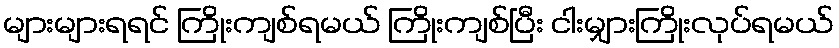
များများရရင် ကြိုးကျစ်ရမယ် ကြိုးကျစ်ပြီး ငါးမျှားကြိုးလုပ်ရမယ်